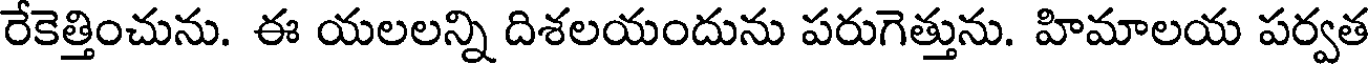
రేకెత్తించును. ఈ యలలన్ని దిశలయందును పరుగెత్తును. హిమాలయ పర్వత